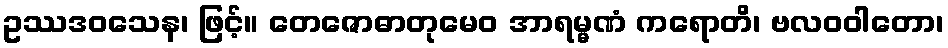
ဥဿဒဝသေန၊ ဖြင့်။ တေဇောဓာတုမေဝ အာရမ္မဏံ ကရောတိ၊ ဗလဝဝါတော၊